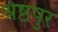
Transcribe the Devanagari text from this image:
श्रेष्ठपुर